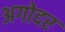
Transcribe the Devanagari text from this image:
अगोदर